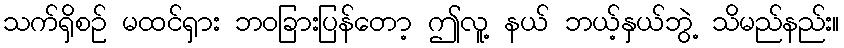
သက်ရှိစဉ် မထင်ရှား ဘဝခြားပြန်တော့ ဤလူ့ နယ် ဘယ့်နှယ်ဘွဲ့ သိမည်နည်း။